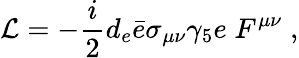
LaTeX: {\cal{L}}=-{\frac{i}{2}}d_{e}\bar{e}\sigma_{\mu\nu}\gamma_{5}e\; F^{\mu\nu}\; ,